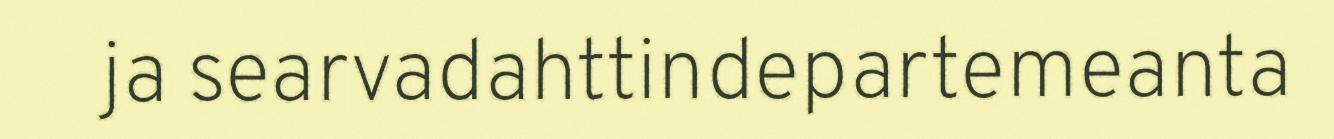
ja searvadahttindepartemeanta